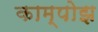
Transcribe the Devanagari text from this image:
काम्पोझ